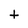
Character: t